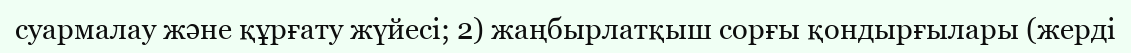
суармалау және құрғату жүйесі; 2) жаңбырлатқыш сорғы қондырғылары (жерді